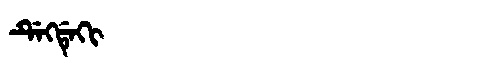
Manchu: ᡩᡝᡴᡩᡝᡴᡳ
Romanization: DEKDEKI